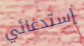
إستدعائي